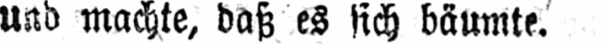
und machte, daß es sich bäumte.